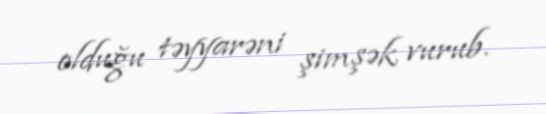
olduğu təyyarəni şimşək vurub.